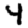
Digit: 4